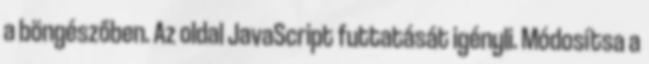
a böngészőben. Az oldal JavaScript futtatását igényli. Módosítsa a